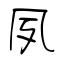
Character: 夙